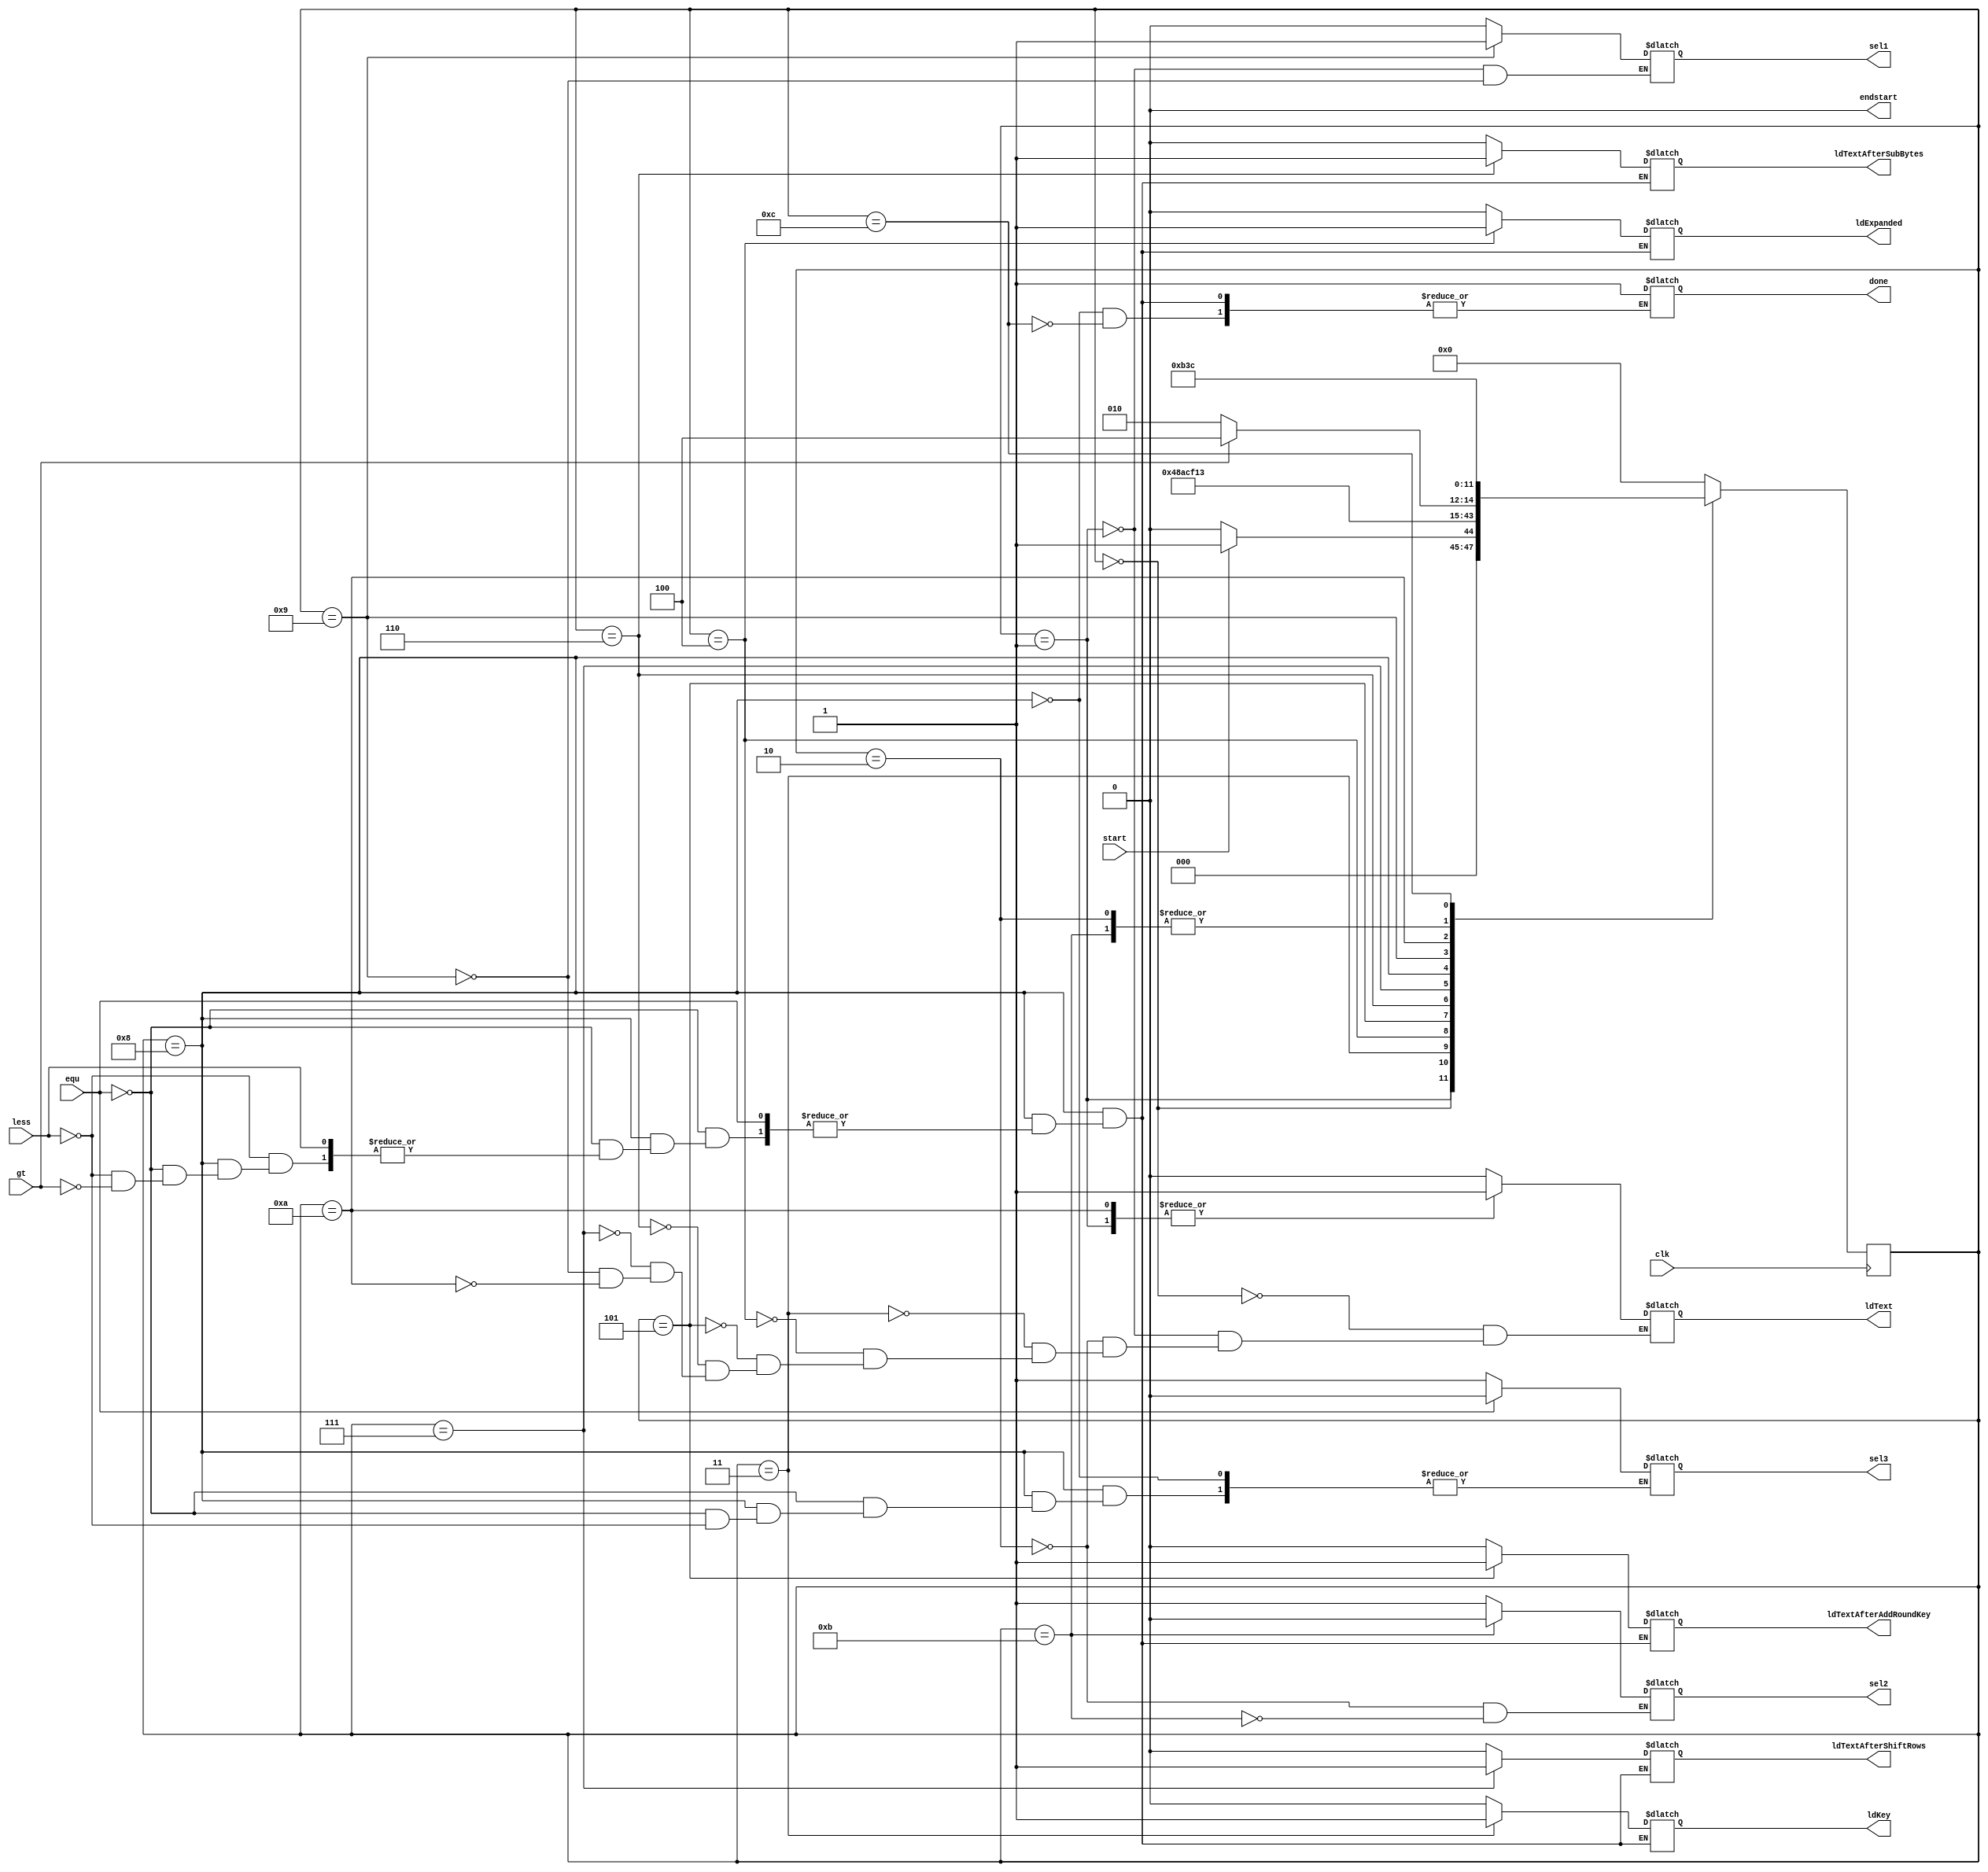
module Controller (clk,start,endstart,sel1,ldText,sel2,ldKey,ldExpanded,ldTextAfterAddRoundKey,ldTextAfterSubBytes,ldTextAfterShiftRows,sel3,less,gt,equ,done);
    input clk,start,less,gt,equ;
    output reg sel1,ldText,sel2,ldKey,ldExpanded,ldTextAfterAddRoundKey,ldTextAfterSubBytes,ldTextAfterShiftRows,sel3,done,endstart;

    reg [3:0] state;
    parameter s0=4'b0000, s1=4'b0001, s2=4'b0010, s3=4'b0011, s4=4'b0100, s5=4'b0101, s6=4'b0110, s7=4'b0111, s8=4'b1000, s9=4'b1001,s10=4'b1010,s11=4'b1011,s12=4'b1100;
    assign endstart = 1'b0;

    always @(posedge clk) begin
        case (state)
            s0: if (start && !endstart) begin
                state <= s1;
            end
            else begin
                state <= s0;
            end 
            s1: state <= s2;
            s2: state <= s3;
            s3: state <= s4;
            s4: state <= s5;
            s5: state <= s6;
            s6: state <= s7;
            s7: state <= s8;
            s8: state <= s9;
            s9: if (gt) begin
                state <= s12;
            end
            else begin
                state <= s10;
            end
            s10: state <= s11;
            s11: state <= s3;
            s12: state <= s12;
            default: state <= s0;
        endcase
    end


    always @(state) begin
        case (state)
            s0: begin
                ldText=0;ldKey=0;ldExpanded=0;ldTextAfterAddRoundKey=0;ldTextAfterSubBytes=0;ldTextAfterShiftRows=0; 
            end 
            s1: begin
                sel1=0;ldText=1;ldKey=0;ldExpanded=0;ldTextAfterAddRoundKey=0;ldTextAfterSubBytes=0;ldTextAfterShiftRows=0;
            end
            s2: begin
                sel2=1;ldText=0; ldKey=0;ldExpanded=0;ldTextAfterAddRoundKey=0;ldTextAfterSubBytes=0;ldTextAfterShiftRows=0;
            end
            s3: begin
                ldKey=1;ldExpanded=0;ldText=0;ldTextAfterAddRoundKey=0;ldTextAfterSubBytes=0;ldTextAfterShiftRows=0;
            end
            s4: begin
                ldText=0;ldKey=0;ldExpanded=1;ldTextAfterAddRoundKey=0;ldTextAfterSubBytes=0;ldTextAfterShiftRows=0;
            end
            s5: begin
                ldText=0;ldKey=0;ldExpanded=0;ldTextAfterAddRoundKey=1;ldTextAfterSubBytes=0;ldTextAfterShiftRows=0;
            end
            s6: begin
                ldText=0;ldKey=0;ldExpanded=0;ldTextAfterAddRoundKey=0;ldTextAfterSubBytes=1;ldTextAfterShiftRows=0;
            end
            s7: begin
                ldText=0;ldKey=0;ldExpanded=0;ldTextAfterAddRoundKey=0;ldTextAfterSubBytes=0;ldTextAfterShiftRows=1;
            end
            s8: begin
                if(equ) begin
                    sel3 =0;
                end
                else if(less)  begin   
                    sel3=1;
                end
                else if (gt) begin
                  ldKey=0;ldExpanded=0;ldTextAfterAddRoundKey=0;ldTextAfterSubBytes=0;ldTextAfterShiftRows=0;done=1;endstart=1;  
                end
            end
            s9: begin
                sel1=1;ldText=0;ldKey=0;ldExpanded=0;ldTextAfterAddRoundKey=0;ldTextAfterSubBytes=0;ldTextAfterShiftRows=0;
            end
            s10: begin
                ldText=1;ldKey=0;ldExpanded=0;ldTextAfterAddRoundKey=0;ldTextAfterSubBytes=0;ldTextAfterShiftRows=0;
            end
            s11: begin
                sel2=0; ldKey=0;ldExpanded=0;ldTextAfterAddRoundKey=0;ldTextAfterSubBytes=0;ldTextAfterShiftRows=0;
            end
            s12: begin
                ldKey=0;ldExpanded=0;ldTextAfterAddRoundKey=0;ldTextAfterSubBytes=0;ldTextAfterShiftRows=0;done=1;endstart=1;
            end
            default : begin
                ldKey=0;ldExpanded=0;ldTextAfterAddRoundKey=0;ldTextAfterSubBytes=0;ldTextAfterShiftRows=0;
            end
        endcase
    end
    
endmodule